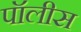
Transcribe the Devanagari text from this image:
पॉलीस